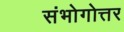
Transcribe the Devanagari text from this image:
संभोगोत्तर